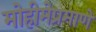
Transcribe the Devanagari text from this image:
मोहीमेप्रमाणे